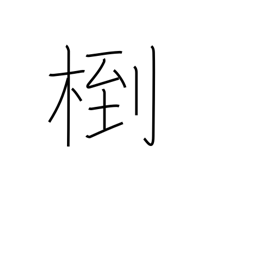
Meaning: (kokuji)